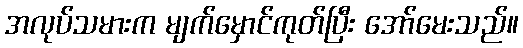
အလုပ်သမားက မျက်မှောင်ကုတ်ပြီး အော်မေးသည်။